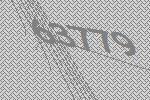
63779